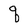
Character: q